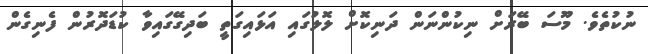
ނުކުތެވެ. މޫސަ ބޭރަށް ނިކުންނަން ދަނިކޮށް ލޮލުގައި އަޅައިގަތީ ބަދިގޭގައިވާ ކުޑަދޮރުން ފެނިގެން